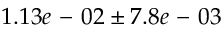
1 . 1 3 e \mathrm { ~ - ~ } 0 2 \pm 7 . 8 e \mathrm { ~ - ~ } 0 3